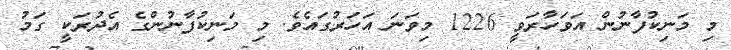
މި މަނިކުފާނުން އަވަހާރަވީ 1226 މިވަނަ އަހަރުގައެވެ. މި މަނިކުފާނުންގެ އެދުރަކީ ގަމު